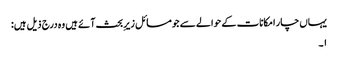
یہاں چار امکانات کے حوالے سے جو مسائل زیرِ بحث آئے ہیں وہ درج ذیل ہیں:
۱۔